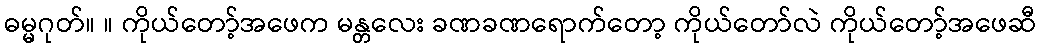
ဓမ္မဂုတ်။ ။ ကိုယ်တော့်အဖေက မန္တလေး ခဏခဏရောက်တော့ ကိုယ်တော်လဲ ကိုယ်တော့်အဖေဆီ